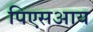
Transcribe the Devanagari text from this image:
पिएसआय